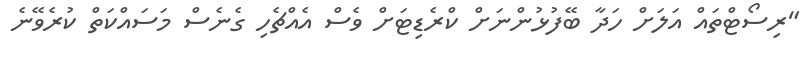
"ރިސޯޓްތައް އަލަށް ހަދާ ބޭފުޅުންނަށް ކްރެޑިޓަށް ވެސް އެއްޗެހި ގެނެސް މަސައްކަތް ކުރެވޭނެ